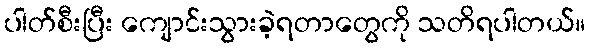
ပါတ်စီးပြီး ကျောင်းသွားခဲ့ရတာတွေကို သတိရပါတယ်။